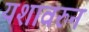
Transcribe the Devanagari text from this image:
यशावरुन